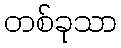
တစ်ခုသာ